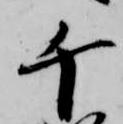
千